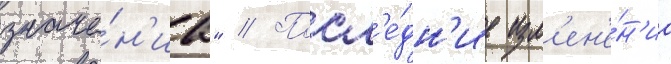
значе́н'иа" // Посл'е́дн'ие изм'ен'е́н'иа